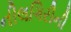
નીલગિરીની